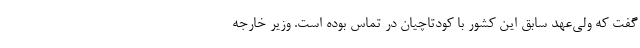
گفت که ولی‌عهد سابق این کشور با کودتاچیان در تماس بوده است. وزیر خارجه